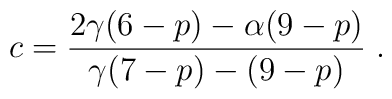
c = \frac{2 \gamma (6 - p) - \alpha (9 - p)}{\gamma (7 - p) - (9 - p)} \; .